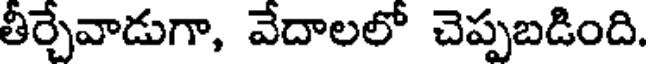
తీర్చేవాడుగా, వేదాలలో చెప్పబడింది.